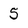
Character: 5